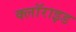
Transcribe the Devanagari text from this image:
क्लॉराइड